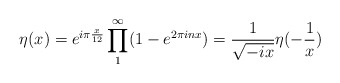
\begin{align*}\eta(x)=e^{i\pi \frac{x}{12}}\prod_{1}^{\infty}(1-e^{2\pi inx})=\frac{1}{\sqrt{-ix}}\eta(-\frac{1}{x})\end{align*}